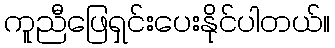
ကူညီဖြေရှင်းပေးနိုင်ပါတယ်။